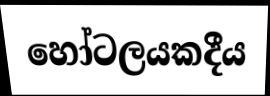
හෝටලයකදීය